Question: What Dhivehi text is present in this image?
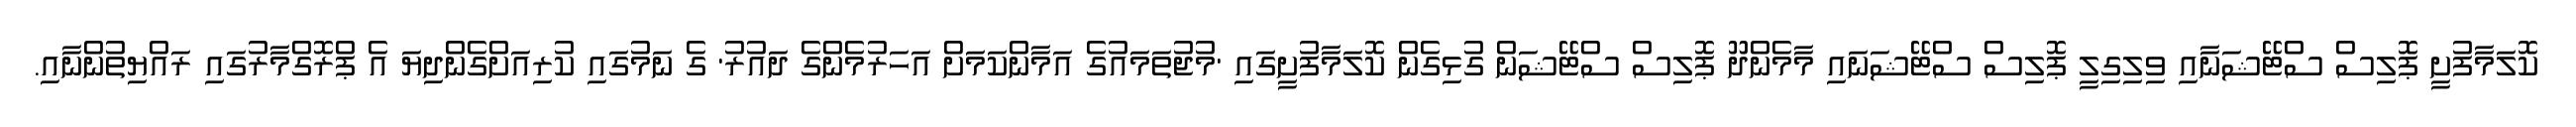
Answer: ކޮލަމާފުށީ ޕޮލިސް ސްޓޭޝަނާއި ވިލިގިލީ ޕޮލިސް ސްޓޭޝަނައި މާމެންދޫ ޕޮލިސް ސްޓޭޝަން ގުޅިގެން ކޮލަމާފުށީގައި 'މުޖުތަމައުގެ އަމާންކަމަށް އަހަރުމެންގެ ދައުރު' ގެ ނަމުގައި ކުރިއަށްގެންދިޔަ އެ ޕްރޮގްމާރުގައި ރައްޔިތުންނާއި.